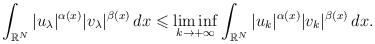
\begin{align*} \int_{\mathbb{R}^{N}} |u_{\lambda}|^{\alpha(x)}|v_{\lambda}|^{\beta(x)}\,dx \leqslant \liminf_{k \to +\infty }\int_{\mathbb{R}^{N}}|u_k|^{\alpha(x)}|v_k|^{\beta(x)} \,dx. \end{align*}